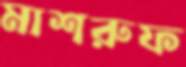
মাশরুফ